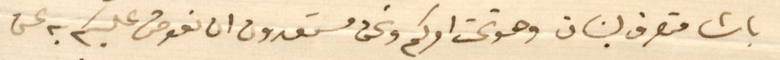
باشا متصرف لبنان وهو تحت امركم ونحن مستعدون ان نعوض عليكم به عن